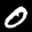
Label: 0